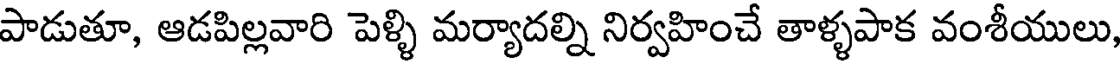
పాడుతూ, ఆడపిల్లవారి పెళ్ళి మర్యాదల్ని నిర్వహించే తాళ్ళపాక వంశీయులు,